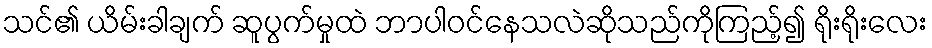
သင်၏ ယိမ်းခါချက် ဆူပွက်မှုထဲ ဘာပါဝင်နေသလဲဆိုသည်ကိုကြည့်၍ ရိုးရိုးလေး